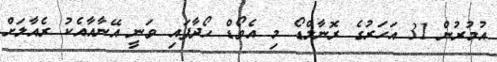
އުމުރުން 31 އަހަރުގެ ރޮނާލްޑޯ މި އެވޯޑް ހޯދާފައި ވަނީ އޭނާއާއެކު ރެއާލަށް